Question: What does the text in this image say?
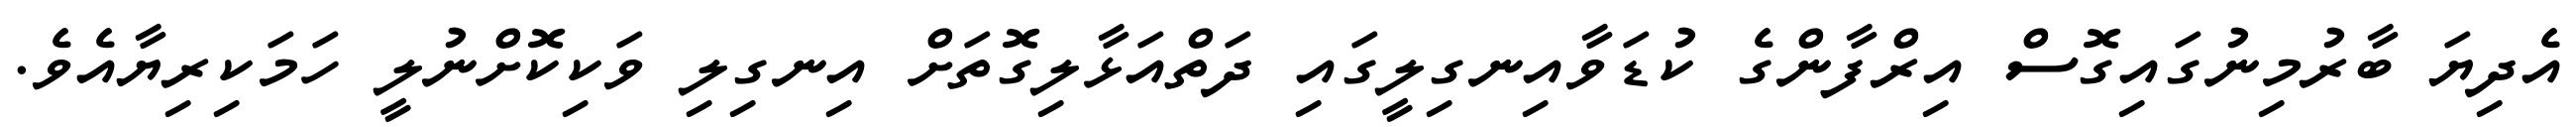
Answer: އެދިޔަ ބާރުމިނުގައިގޮސް އިރްފާންގެ ކުޑަވާއިނގިލީގައި ދަތްއަޅާލިގޮތަށް އިނގިލި ވަކިކޮށްނުލީ ހަމަކިރިޔާއެވެ.